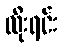
လိုးရင်း